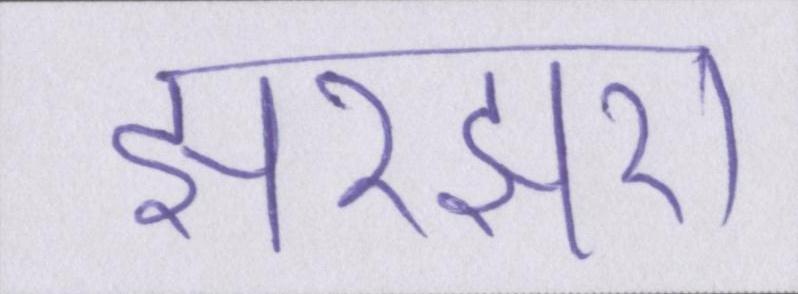
झरझरा